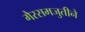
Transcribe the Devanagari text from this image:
गैरसमजुतीने